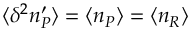
\langle \delta ^ { 2 } n _ { P } ^ { \prime } \rangle = \langle n _ { P } \rangle = \langle n _ { R } \rangle